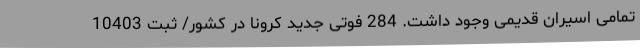
تمامی اسیران قدیمی وجود داشت. 284 فوتی جدید کرونا در کشور/ ثبت 10403